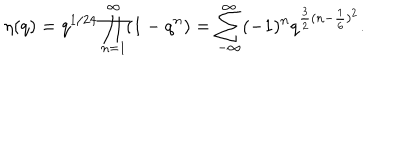
\eta ( q ) = q ^ { 1 / 2 4 } \prod _ { n = 1 } ^ { \infty } ( 1 - q ^ { n } ) = \sum _ { - \infty } ^ { \infty } ( - 1 ) ^ { n } q ^ { \frac { 3 } { 2 } ( n - \frac { 1 } { 6 } ) ^ { 2 } } .